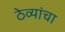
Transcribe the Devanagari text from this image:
ठेव्यांचा